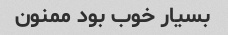
بسیار خوب بود ممنون